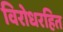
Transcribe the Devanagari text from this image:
विरोधरहित